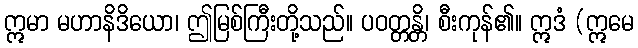
ဣမာ မဟာနိဒိယော၊ ဤမြစ်ကြီးတို့သည်။ ပဝတ္တန္တိ၊ စီးကုန်၏။ ဣဒံ (ဣမေ